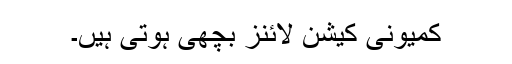
کمیونی کیشن لائنز بچھی ہوتی ہیں۔